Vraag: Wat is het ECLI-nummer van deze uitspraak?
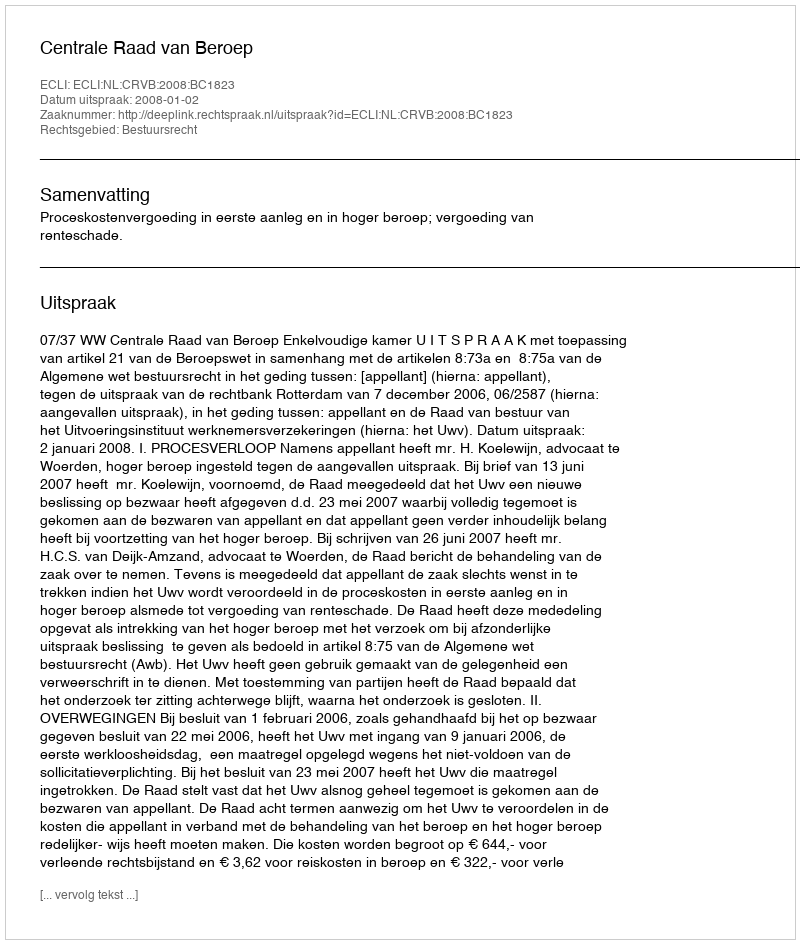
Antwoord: ECLI:NL:CRVB:2008:BC1823